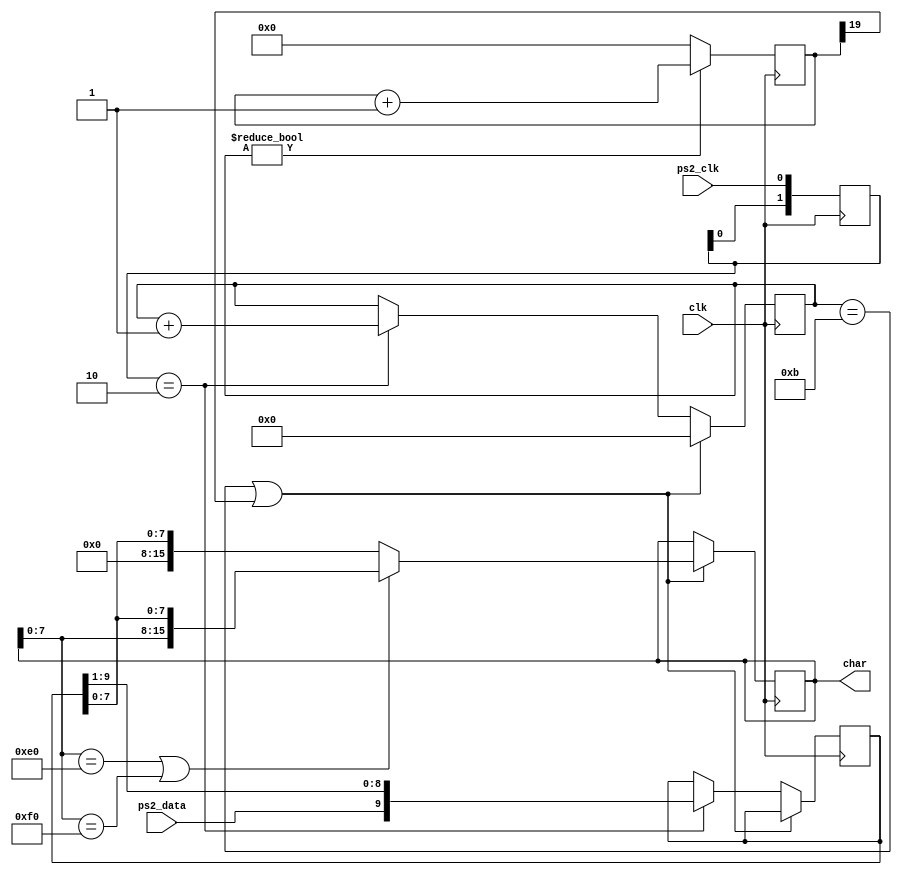
`timescale 1ns / 1ps

// Montek Singh
// November 2014


module keyboard(
   input clk,
   input ps2_clk,
   input ps2_data,
   output reg [15:0] char = 0
   );

   reg [9:0] bits = 0;
   reg [3:0] count = 0;
   reg [1:0] ps2_clk_prev2 = 2'b11;
   reg [19:0] timeout = 0;
   
   always @(posedge clk)
      ps2_clk_prev2 <= {ps2_clk_prev2[0], ps2_clk};
      
   always @(posedge clk)
   begin
      if((count == 11) || (timeout[19] == 1))
      begin
         count <= 0;
         if((char[7:0] == 8'hE0) || (char[7:0] == 8'hF0))
            char[15:0] <= {char[7:0], bits[7:0]};
         else
            char[15:0] <= {8'b0, bits[7:0]};
      end
      else
      begin
         if(ps2_clk_prev2 == 2'b10)
         begin
            count <= count + 1;
            bits <= {ps2_data, bits[9:1]};
         end
      end
   end
   
   always @(posedge clk)
      timeout <= (count != 0) ? timeout + 1 : 0;

endmodule